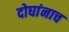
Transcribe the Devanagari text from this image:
दोघांनाच